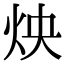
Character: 炴